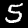
Digit: 5